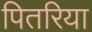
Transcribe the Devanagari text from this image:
पितरिया